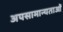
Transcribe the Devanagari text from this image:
अपसामान्यताओं